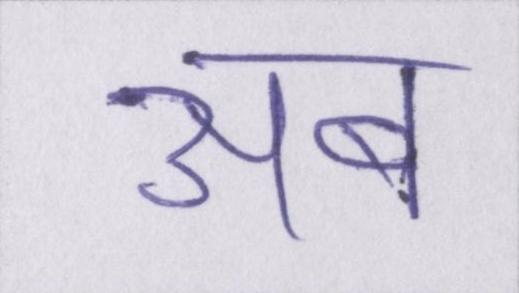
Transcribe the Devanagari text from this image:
अब